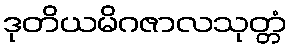
ဒုတိယမိဂဇာလသုတ္တံ